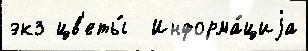
экз цв'еты́  Информа́циjа